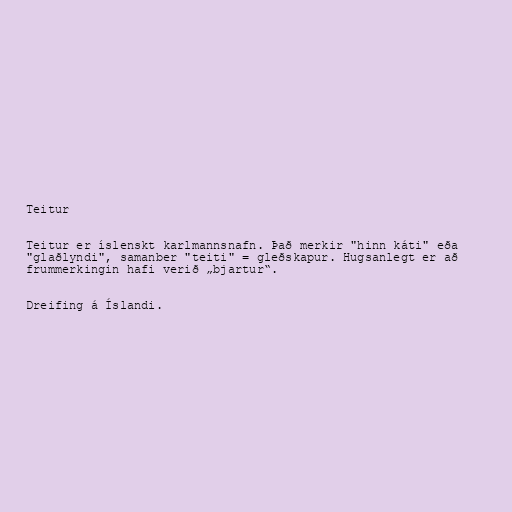
Teitur

Teitur er íslenskt karlmannsnafn. Það merkir "hinn káti" eða
"glaðlyndi", samanber "teiti" = gleðskapur. Hugsanlegt er að
frummerkingin hafi verið „bjartur“.

Dreifing á Íslandi.